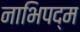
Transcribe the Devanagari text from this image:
नाभिपद्म